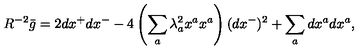
R ^ { - 2 } \bar { g } = 2 d x ^ { + } d x ^ { - } - 4 \left( \sum _ { a } \lambda _ { a } ^ { 2 } x ^ { a } x ^ { a } \right) ( d x ^ { - } ) ^ { 2 } + \sum _ { a } d x ^ { a } d x ^ { a } ,